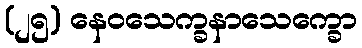
(၂၅) နေဝသေက္ခနာသေက္ခော